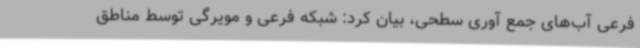
فرعی آب‌های جمع آوری سطحی، بیان کرد: شبکه‌ فرعی و مویرگی توسط مناطق